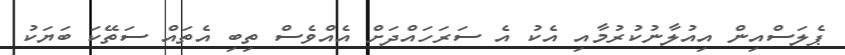
ޕެލަސްއިން އިއުލާނުކުރުމާއި އެކު އެ ސަރަހައްދަށް އެއްވެސް ތިބި އެތައް ސަތޭކަ ބަޔަކު